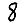
Digit: 8